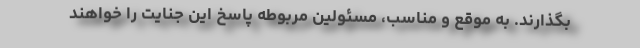
بگذارند. به موقع و مناسب، مسئولین مربوطه پاسخ این جنایت را خواهند